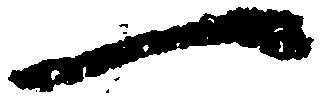
一